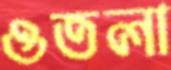
ওতলা